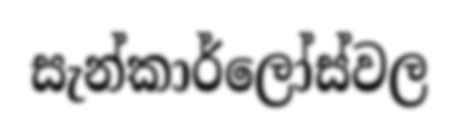
සැන්කාර්ලෝස්වල